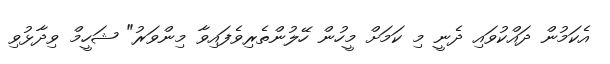
އެކަމުން ދައްކުވައި ދެނީ މި ކަމަށް މީހުން ހޭލުންތެރިވެފައިވާ މިންވަރު" ޝަހީމް ވިދާޅުވި